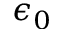
\epsilon _ { 0 }